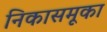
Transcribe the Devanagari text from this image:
निकासमूका